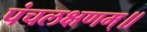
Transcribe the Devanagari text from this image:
पंचलक्षणम्‌॥